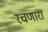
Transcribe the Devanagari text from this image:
रचणारा